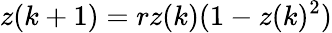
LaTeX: z(k+1)=rz(k)(1-z(k)^{2})